Kambja_algkool, lk 65
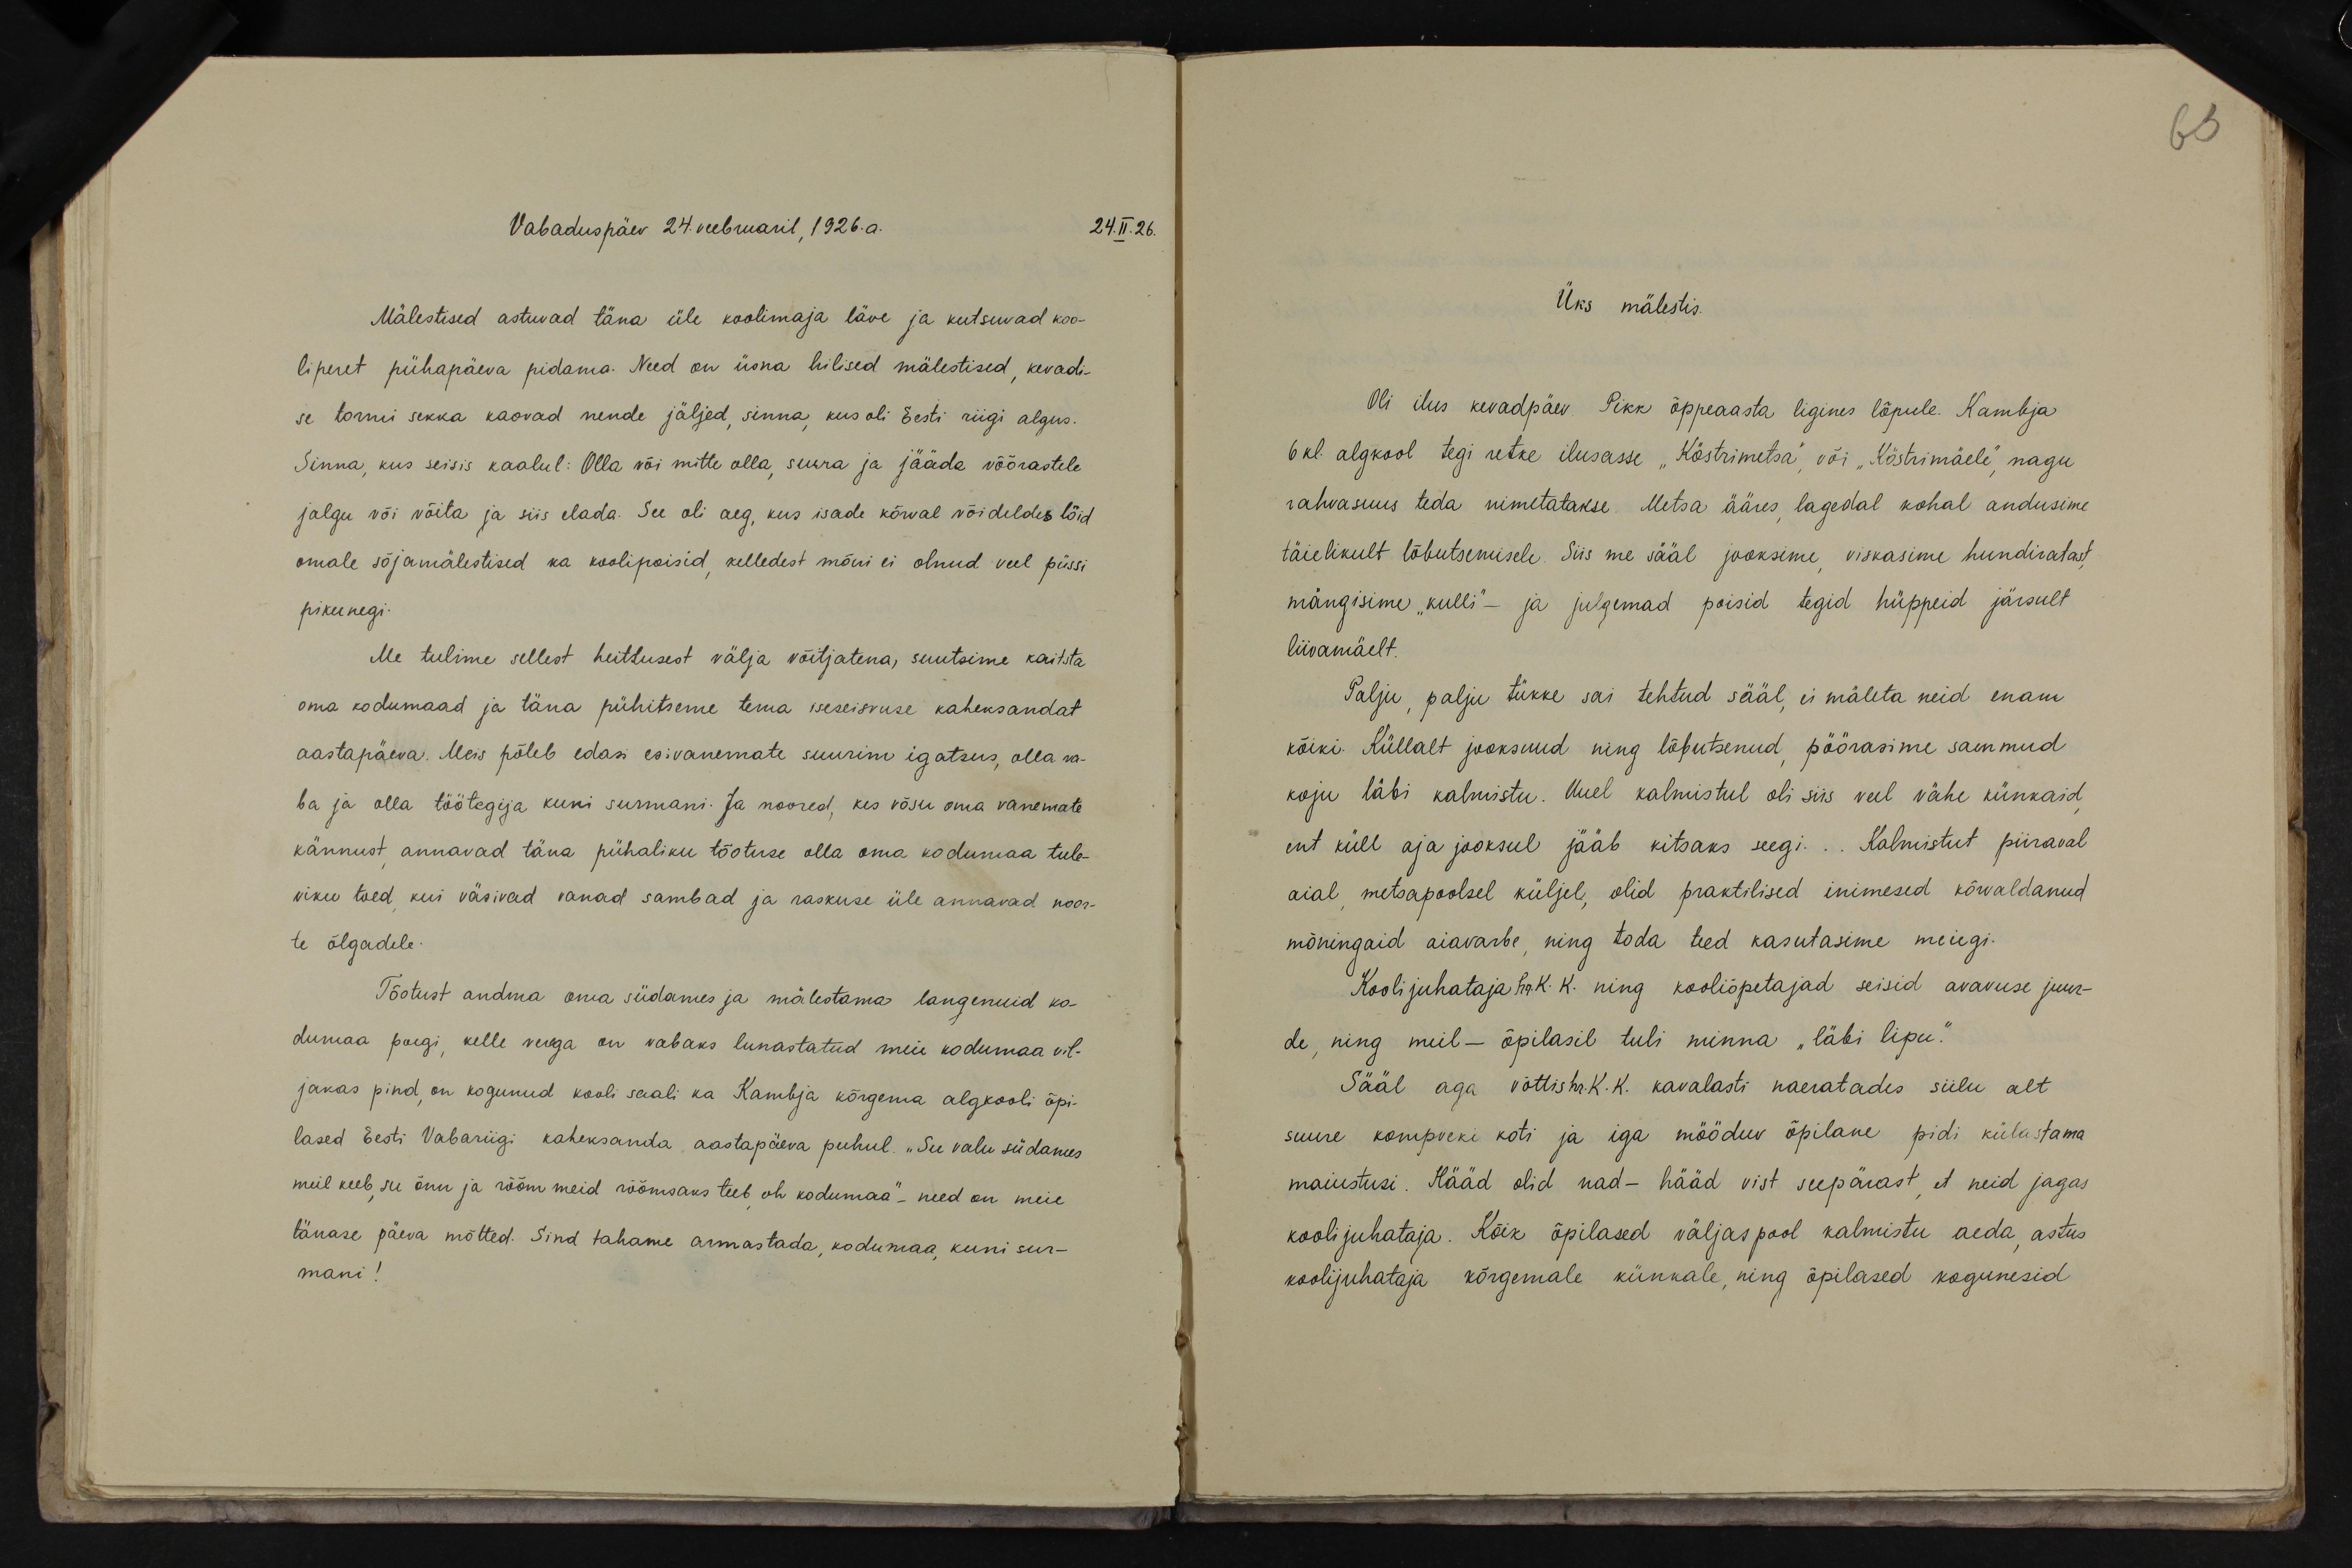
65

Vabaduspäev 24. veebruaril, 1926.a.
24.II.26.
Mälestised astuvad täna üle koolimaja läve ja kutsuvad koo-
liperet pühapäeva pidama. Need on üsna hilised mälestised, kevadi-
se tormi sekka kaovad nende jäljed, sinna, kus oli Eesti riigi algus.
Sinna, kus seisis kaalul: Olla või mitte olla, surra ja jääda võõrastele
jalgu või võita ja siis elada. See oli aeg, kus isade kõrval võideldes lõid
omale sõjamälestised ka koolipoisid, kelledest mõni ei olnud veel püssi
pikunegi.
Me tulime sellest heitlusest välja võitjatena, suutsime kaitsta,
oma kodumaad ja täna pühitseme tema iseseisvuse kaheksandat
aastapäeva. Meis põleb edasi esivanemate suurim igatsus, olla va-
ba ja olla töötegija kuni surmani. Ja noored, kes võsu oma vanemate
kännust annavad täna pühaliku tõotuse olla oma kodumaa tule-
viku toed kui väsivad vanad sambad ja raskuse üle annavad noor-
te õlgadele.
Tõotust andma oma südames ja mälestama langenuid ko-
dumaa poegi, kelle verega on vabaks lunastatud meie kodumaa vil-
jakas pind, on kogunud kooli saali ka Kambja kõrgema algkooli õpi-
lased Eesti Vabariigi kaheksanda aastapäeva puhul. „Su valu südames.
meil keeb, su õnn ja rõõm meid rõõmsaks teeb oh kodumaa"- need on meie
tänase päeva mõtted. Sind tahame armastada, kodumaa kuni sur-
mani!

Üks mälestis.
Oli ilus kevadpäev Pikk õppeaasta ligines lõpule. Kambja
6 kl. algkool tegi retke ilusasse "Köstrimetsa" või "Köstrimäele" nagu
rahvasuus teda nimetatakse. Metsa ääres lagedal kohal andusime
täielikult lõbutsemisele. Siis me sääl jooksime viskasime hundiratast
mängisime "kulli" - ja julgemad poisid tegid hüppeid järsult
liivamäelt.
Palju palju tükke sai tehtud sääl ei mäleta neid enam
kõiki. Küllalt jooksnud ning lõbutsenud pöörasime sammud
koju läbi kalmistu. Uuel kalmistul oli siis veel vähe künkaid
ent küll aja jooksul jääb kitsaks seegi... Kalmistut piiraval
aial metsapoolsel küljel, olid praktilised inimesed kõrvaldanud
mõningaid aiavarbe, ning toda teed kasutasime meiegi.
Kooli juhataja hr. K. K. ning kooliõpetajad seisid avavuse juur-
de ning meil - õpilasil tuli minna "läbi lipu."
Sääl aga võttis hr K.K. kavalasti naeratades siilu alt
suure kompveki koti ja iga mööduv õpilane pidi külastama
maiustusi. Hääd olid nad – hääd vist seepärast, et neid jagas-
kooli juhataja. Kõik õpilased väljaspool kalmistu aeda astus
koolijuhataja kõrgemale künkale, ning õpilased kogunesid